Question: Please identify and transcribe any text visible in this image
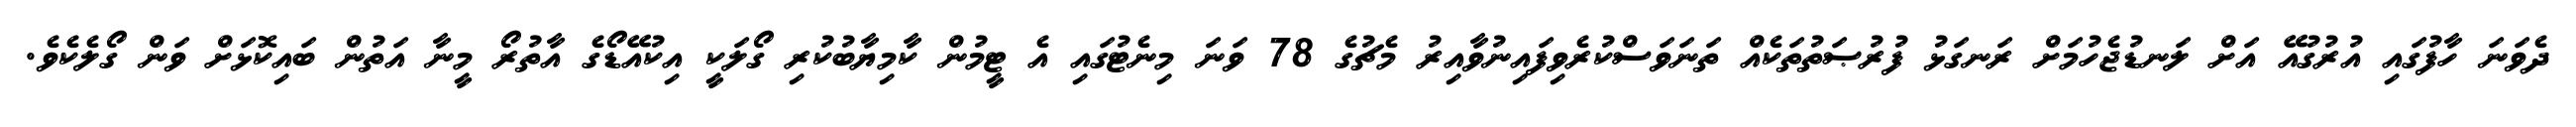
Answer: ދެވަނަ ހާފުގައި އުރުގުއޭ އަށް ލަނޑުޖެހުމަށް ރަނގަޅު ފުރުޞަތުތަކެއް ތަނަވަސްކުރެވިފައިނުވާއިރު މެޗުގެ 78 ވަނަ މިނެޓުގައި އެ ޓީމުން ކާމިޔާބުކުރި ގޯލަކީ އިކުއޭޑޯގެ އާތުރޯ މީނާ އަތުން ބައިކޮޅަށް ވަން ގޯލެކެވެ.